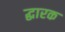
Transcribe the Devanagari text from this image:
द्धारक